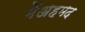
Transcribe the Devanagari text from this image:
मेंअहमद